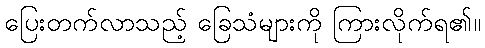
ပြေးတက်လာသည့် ခြေသံများကို ကြားလိုက်ရ၏။